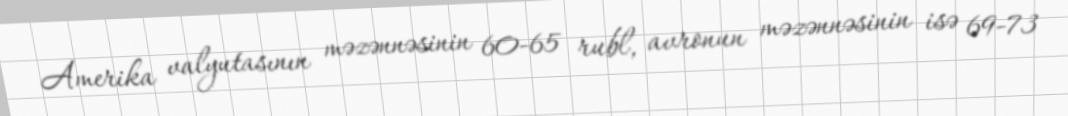
Amerika valyutasının məzənnəsinin 60-65 rubl, avronun məzənnəsinin isə 69-73